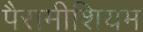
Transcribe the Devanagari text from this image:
पैरामीशियम